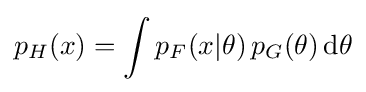
p_{H}(x)={\displaystyle \int \limits p_{F}(x|\theta )\,p_{G}(\theta )\operatorname {d} \!\theta }